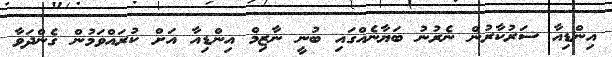
އިންޑިއާ ސަރުކާރުން ނެރުނު ބަޔާނެއްގައި ބުނީ ނާޒިމް އިންޑިއާ އަށް ކުރައްވަމުން ގެންދަވާ